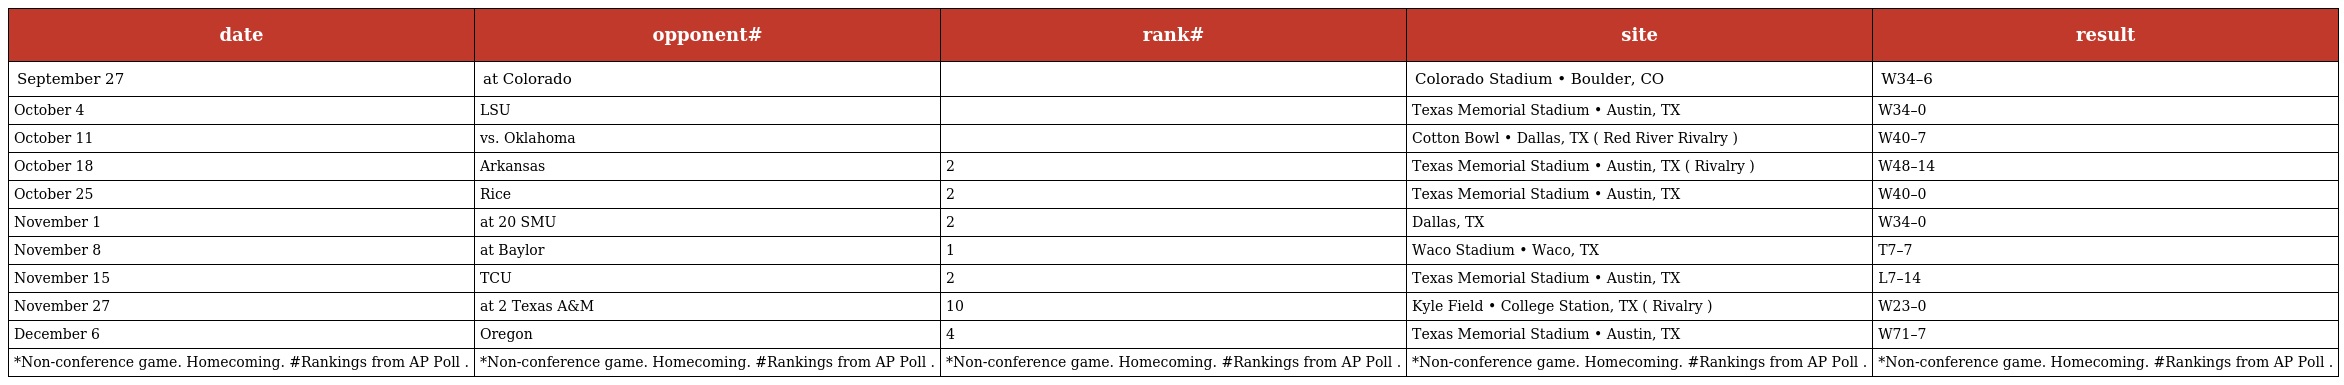
| date | opponent# | rank# | site | result |
 | --- | --- | --- | --- | --- |
 | September 27 | at Colorado |  | Colorado Stadium • Boulder, CO | W34–6 |
 | October 4 | LSU |  | Texas Memorial Stadium • Austin, TX | W34–0 |
 | October 11 | vs. Oklahoma |  | Cotton Bowl • Dallas, TX ( Red River Rivalry ) | W40–7 |
 | October 18 | Arkansas | 2 | Texas Memorial Stadium • Austin, TX ( Rivalry ) | W48–14 |
 | October 25 | Rice | 2 | Texas Memorial Stadium • Austin, TX | W40–0 |
 | November 1 | at 20 SMU | 2 | Dallas, TX | W34–0 |
 | November 8 | at Baylor | 1 | Waco Stadium • Waco, TX | T7–7 |
 | November 15 | TCU | 2 | Texas Memorial Stadium • Austin, TX | L7–14 |
 | November 27 | at 2 Texas A&M | 10 | Kyle Field • College Station, TX ( Rivalry ) | W23–0 |
 | December 6 | Oregon | 4 | Texas Memorial Stadium • Austin, TX | W71–7 |
 | *Non-conference game. Homecoming. #Rankings from AP Poll . | *Non-conference game. Homecoming. #Rankings from AP Poll . | *Non-conference game. Homecoming. #Rankings from AP Poll . | *Non-conference game. Homecoming. #Rankings from AP Poll . | *Non-conference game. Homecoming. #Rankings from AP Poll . |